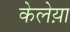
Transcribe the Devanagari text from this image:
केलेय़ा